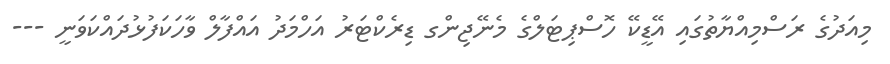
މިއަދުގެ ރަސްމިއްޔާތުގައި އޭޑީކޭ ހޮސްޕިޓަލްގެ މެނޭޖިންގ ޑިރެކްޓަރު އަހްމަދު އައްފާލް ވާހަކަފުޅުދައްކަވަނީ ---